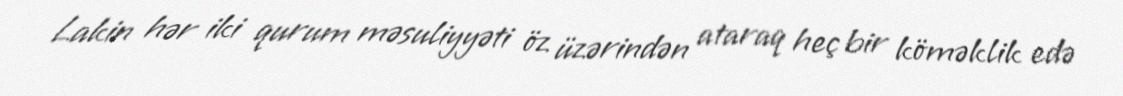
Lakin hər iki qurum məsuliyyəti öz üzərindən ataraq heç bir köməklik edə